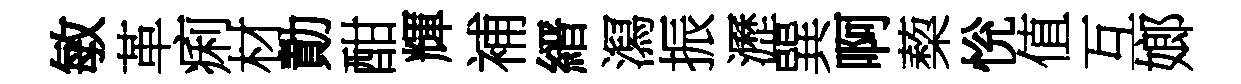
敏革痢材勣酣輝補縉㵼振瀝巽啊蔾恱值互嫏